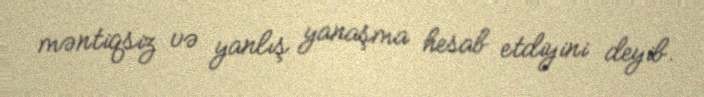
məntiqsiz və yanlış yanaşma hesab etdiyini deyib.